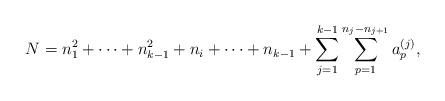
LaTeX: \begin{align*}N=n_1^2 + \cdots + n_{k-1}^2 +n_i + \cdots + n_{k-1}+\sum_{j=1}^{k-1} \sum_{p=1}^{n_j -n_{j+1}} a^{(j)}_{p},\end{align*}